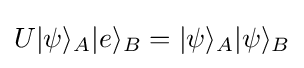
{\displaystyle U|\psi \rangle _{A}|e\rangle _{B}=|\psi \rangle _{A}|\psi \rangle _{B}}